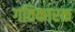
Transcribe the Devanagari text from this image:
गतिकारक